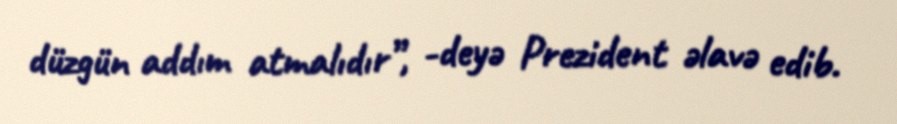
düzgün addım atmalıdır”, -deyə Prezident əlavə edib.